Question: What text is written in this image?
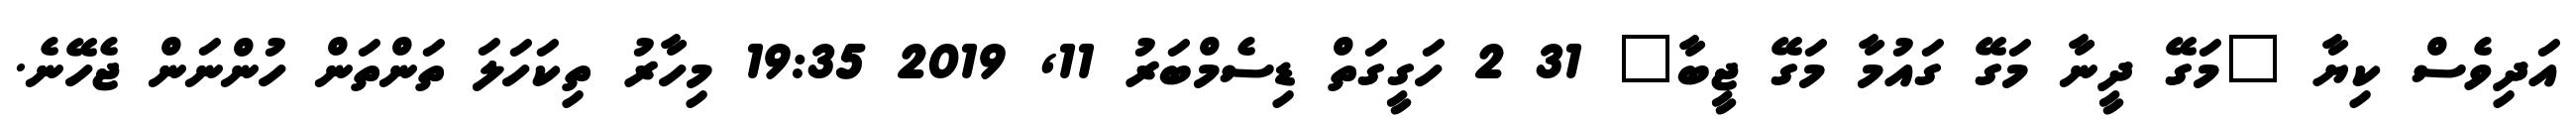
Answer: އަދިވެސް ކިޔާ "މަގޭ ދީނާ މަގޭ ގައުމާ މަގޭ ޖީބާ" 31 2 ހަގީގަތް ޑިސެމްބަރު 11, 2019 19:35 މިހާރު ތިކަހަލަ ތަންތަން ހުންނަން ޖެހޭނެ.